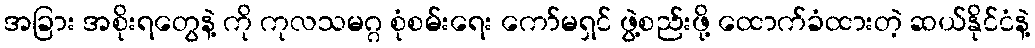
အခြား အစိုးရတွေနဲ့ ကို ကုလသမဂ္ဂ စုံစမ်းရေး ကော်မရှင် ဖွဲ့စည်းဖို့ ထောက်ခံထားတဲ့ ဆယ်နိုင်ငံနဲ့